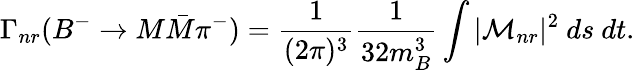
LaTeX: \Gamma_{nr}(B^{-}\to M\bar{M}\pi^{-})=\frac{1}{(2\pi)^{3}}\frac{1}{32m_{B}^{3}}\int|{\cal M}_{nr}|^{2}~ds~dt.